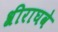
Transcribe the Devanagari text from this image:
श्रीराघवे